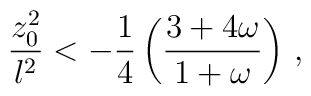
{{z_0 ^2}\over l^2} < -{1\over 4} \left({{3+4\omega}\over {1+\omega}}\right) \, ,